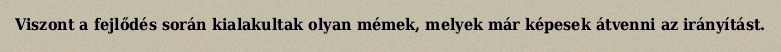
Viszont a fejlődés során kialakultak olyan mémek, melyek már képesek átvenni az irányítást.